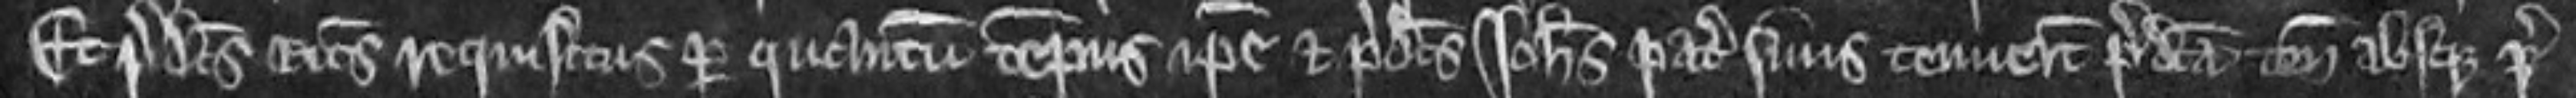
Et predictus Ricardus requisitus per quantum tempus ipse et predictus Johannes pater suus tenuerunt predicta tenementa absque pre